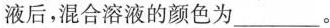
液后，混合溶液的颜色为___。